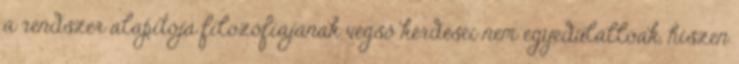
a rendszer alapítója filozófiájának végső kérdései nem egyedülállóak, hiszen